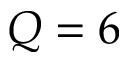
Q = 6